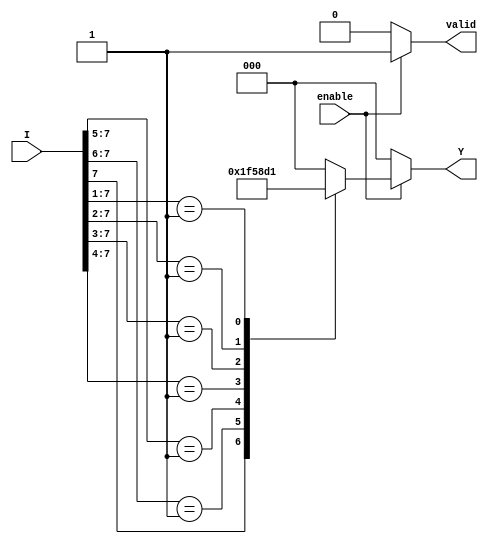
module encoder_8to3 (
    input wire [7:0] I,      // 8 input lines
    input wire enable,       // Enable signal
    output reg [2:0] Y,      // 3 output lines
    output reg valid         // Output valid signal
);

    always @(*) begin
        if (!enable) begin
            Y = 3'b000;      // If not enabled, output is defined (can be set to any state)
            valid = 1'b0;    // Output is not valid
        end else begin
            valid = 1'b1;     // Output is valid when enabled
            casez (I)         // Use casez to handle don't care conditions
                8'b1??????? : Y = 3'b111; // I[7]
                8'b01?????? : Y = 3'b110; // I[6]
                8'b001????? : Y = 3'b101; // I[5]
                8'b0001???? : Y = 3'b100; // I[4]
                8'b00001??? : Y = 3'b011; // I[3]
                8'b000001?? : Y = 3'b010; // I[2]
                8'b0000001? : Y = 3'b001; // I[1]
                8'b00000001 : Y = 3'b000; // I[0]
                default:      Y = 3'b000; // If no inputs are active
            endcase
        end
    end

endmodule